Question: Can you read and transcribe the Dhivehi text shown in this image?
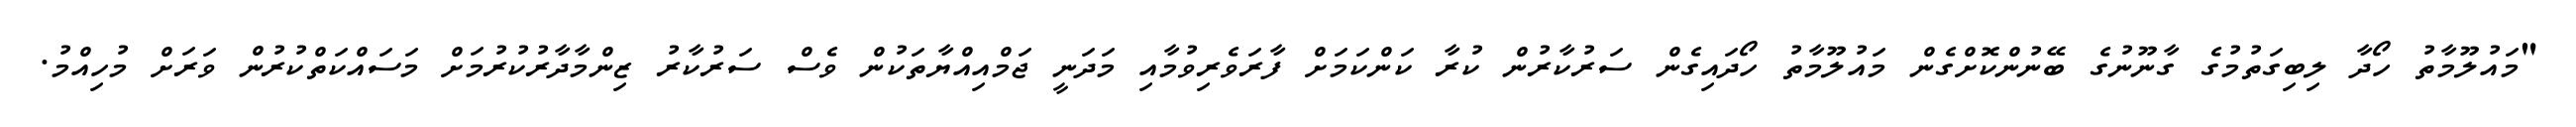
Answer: "މައުލޫމާތު ހޯދާ ލިބިގަތުމުގެ ގާނޫނުގެ ބޭނުންކޮށްގެން މައުލޫމާތު ހޯދައިގެން ސަރުކާރުން ކުރާ ކަންކަމަށް ފާރަވެރިވުމާއި މަދަނީ ޖަމްއިއްޔާތަކުން ވެސް ސަރުކާރު ޒިންމާދާރުކުރުމަށް މަސައްކަތްކުރުން ވަރަށް މުހިއްމު.